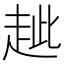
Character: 𧺼